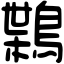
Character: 𪃸